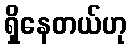
ရှိနေတယ်ဟု